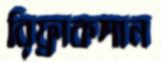
রিফ্রাকশান